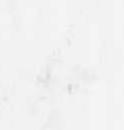
候